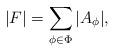
LaTeX: \begin{align*}|F|=\sum_{\phi\in \Phi} |A_{\phi}|,\end{align*}